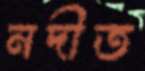
নদীত